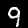
Label: 9